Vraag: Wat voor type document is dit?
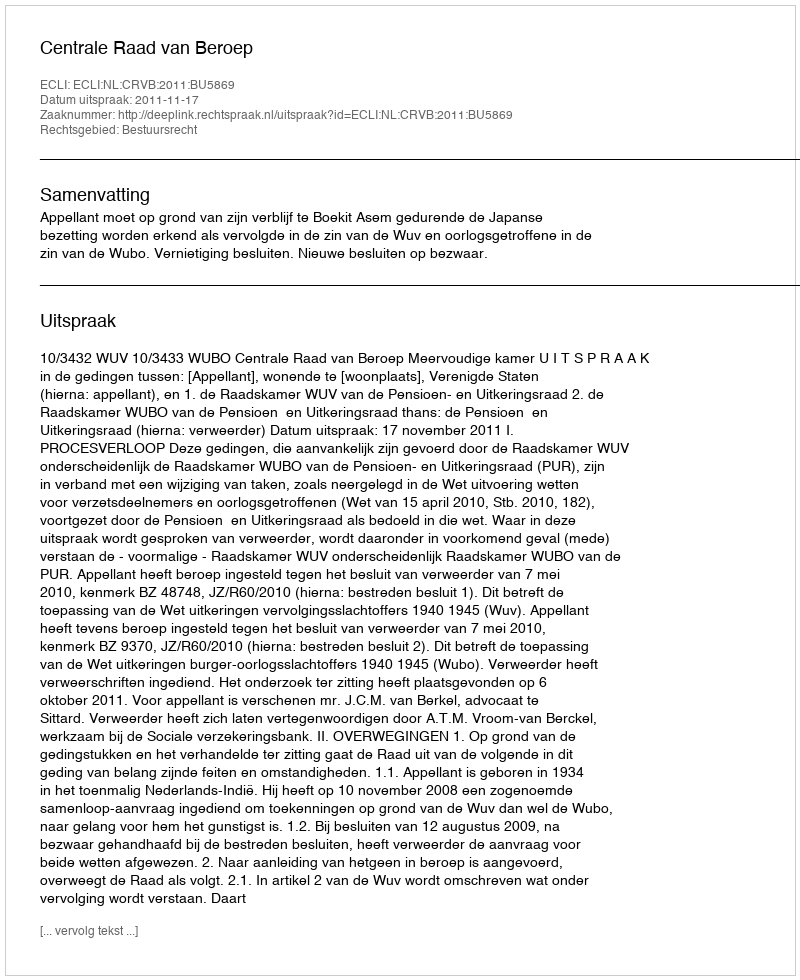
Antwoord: Uitspraak